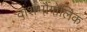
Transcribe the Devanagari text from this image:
वांशभौगोलिक